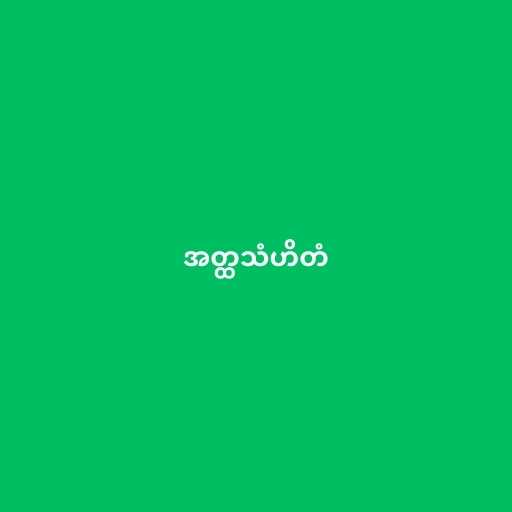
အတ္ထသံဟိတံ